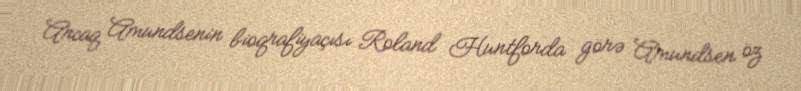
Ancaq Amundsenin bioqrafiyaçısı Roland Huntforda görə Amundsen öz